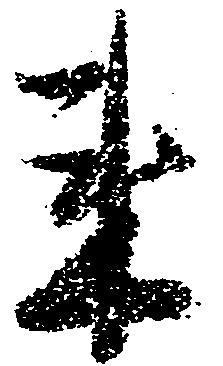
来